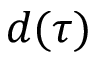
d ( \tau )